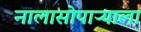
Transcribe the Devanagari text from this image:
नालासोपाऱ्याला